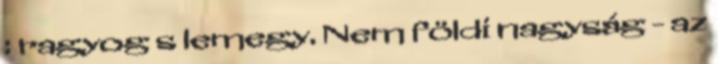
: ragyog s lemegy. Nem földi nagyság - az